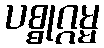
ပစ္စုဂ္ဂမ္မ